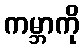
ကမ္ဘာကို